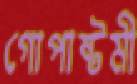
গোপাষ্টমী